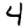
Digit: 4